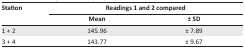
<table><thead><tr><td rowspan="2"><b>Station</b></td><td colspan="2"><b>Readings 1 and 2 compared</b></td></tr><tr><td><b>Mean</b></td><td><b>± SD</b></td></tr></thead><tbody><tr><td>1 + 2</td><td>145.96</td><td>± 7.89</td></tr><tr><td>3 + 4</td><td>143.77</td><td>± 9.67</td></tr></tbody></table>